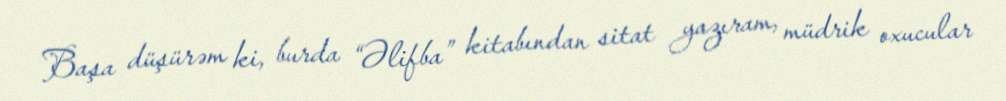
Başa düşürəm ki, burda “Əlifba” kitabından sitat yazıram, müdrik oxucular